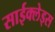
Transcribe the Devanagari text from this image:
साईक्लेड्स